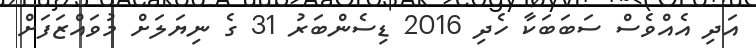
އަދި އެއްވެސް ސަބަބަކާ ހެދި 2016 ޑިސެންބަރު 31 ގެ ނިޔަލަށް މުވައްޒަފަށް